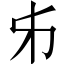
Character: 𠂔